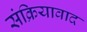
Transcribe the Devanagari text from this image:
संक्रियावाद